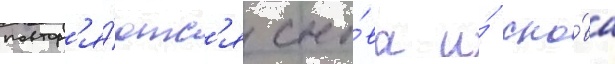
повтор'я́ютс'я сно́ва и́ сно́ва